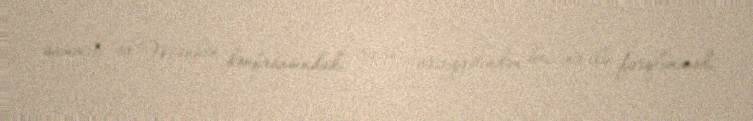
sammiti və Münhen konfransındakı rəzil vəziyyətindən heç nə ilə fərqlənmədi.